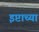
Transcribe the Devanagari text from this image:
इप्टाच्या